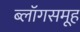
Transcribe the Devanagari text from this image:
ब्लॉगसमूह